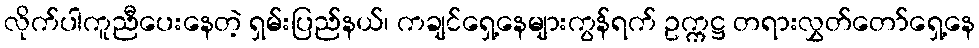
လိုက်ပါကူညီပေးနေတဲ့ ရှမ်းပြည်နယ်၊ ကချင်ရှေ့နေများကွန်ရက် ဥက္ကဋ္ဌ တရားလွှတ်တော်ရှေ့နေ